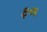
ફળ